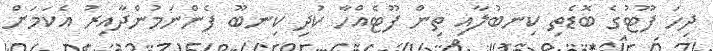
ދިހަ ފޫޓުގެ ބޮޑެތި ކިނބުލާއި ތިން ފޫޓެއްހާ ކުދި ކިނބޫ ފެންނަމުންދާއިރު އެކަމަށް